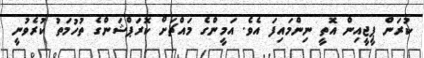
ކުރަން ޕީޖީއިން އޮތީ ނިންމައިފަ އެވެ. އަމީންގެ މައްޗަށް ކޮރަޕްޝަންގެ ތުހުމަތު ކުރެވުނީ